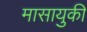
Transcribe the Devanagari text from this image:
मासायुकी